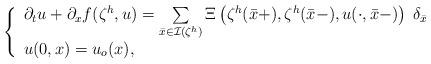
LaTeX: \begin{align*} \left\{ \begin{array}{l} \partial_t u+\partial_x f(\zeta^h , u) = \sum\limits_{\bar x \in \mathcal{I} (\zeta^h)} \Xi \left(\zeta^h ( \bar x+), \zeta^h ( \bar x-), u (\cdot, \bar x-)\right) \; \delta_{\bar x} \\ u (0,x) = u_o (x), \end{array} \right.\end{align*}